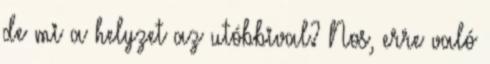
de mi a helyzet az utóbbival? Nos, erre való